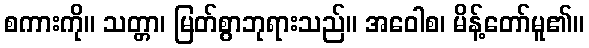
စကားကို။ သတ္တာ၊ မြတ်စွာဘုရားသည်။ အဝေါစ၊ မိန့်တော်မူ၏။